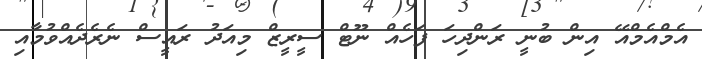
އެމްއެމްއޭ އިން ބުނީ ރަންދިހަ ފަހެއް ނޫޓް ސީރީޒް މިއަދު ރައީސް ނެރެދެއްވުމާއި